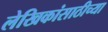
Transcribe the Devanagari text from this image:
लेखिकांसाठीच्या